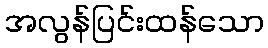
အလွန်ပြင်းထန်သော